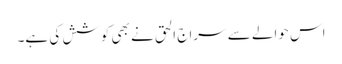
اس حوالے سے سراج الحق نے بھی کوشش کی ہے۔